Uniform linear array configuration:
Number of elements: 8
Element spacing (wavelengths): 1
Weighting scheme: uniform
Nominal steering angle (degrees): -15
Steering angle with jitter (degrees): -15.455
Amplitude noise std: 0.05
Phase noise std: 0.05

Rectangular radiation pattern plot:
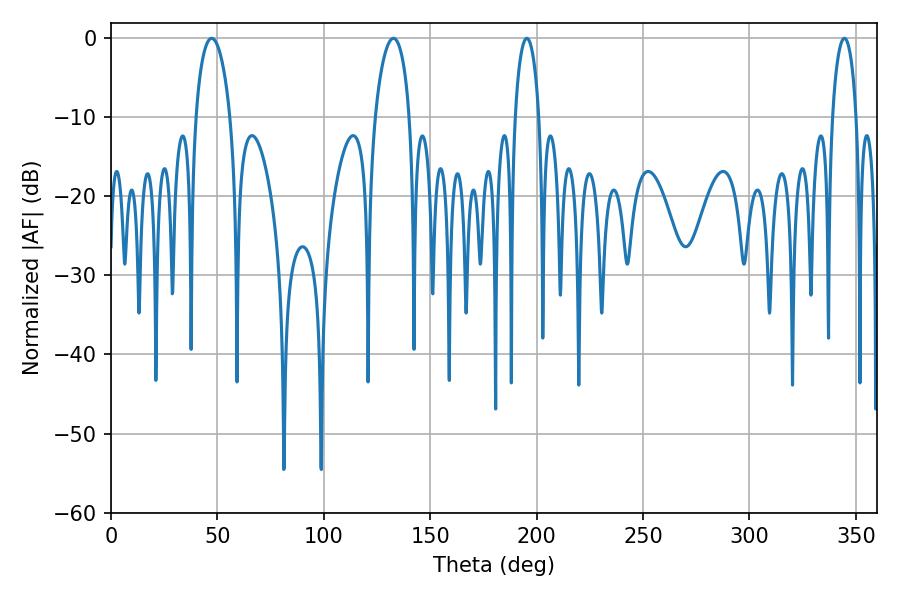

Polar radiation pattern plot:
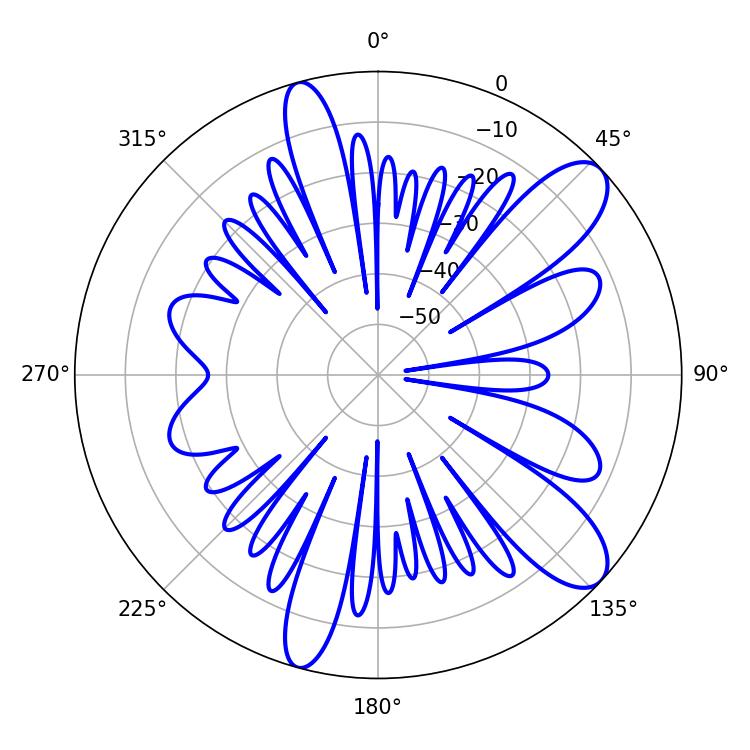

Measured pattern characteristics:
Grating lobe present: TRUE
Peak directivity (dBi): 10.192
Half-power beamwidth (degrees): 9.36
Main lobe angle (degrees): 47.34